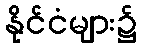
နိုင်ငံများ၌